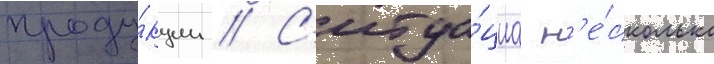
проду́кции // С'итуа́циа н'е́сколько